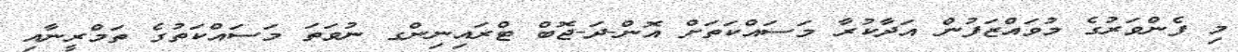
މި ފެންވަރުގެ މުވައްޒަފުން އަދާކުރާ މަސައްކަތަށް އޮން-ދަ-ޖޮބް ޓްރައިނިންގ ނުވަތަ މަސައްކަތުގެ ތަމްރީނާއި